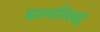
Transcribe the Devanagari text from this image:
बालसिद्ध